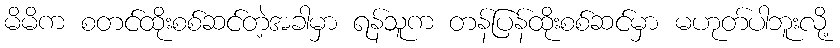
မိမိက စတင်ထိုးစစ်ဆင်တဲ့အခါမှာ ရန်သူက တန်ပြန်ထိုးစစ်ဆင်မှာ မဟုတ်ပါဘူးလို့